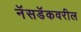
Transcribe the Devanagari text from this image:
नॅसडॅकवरील